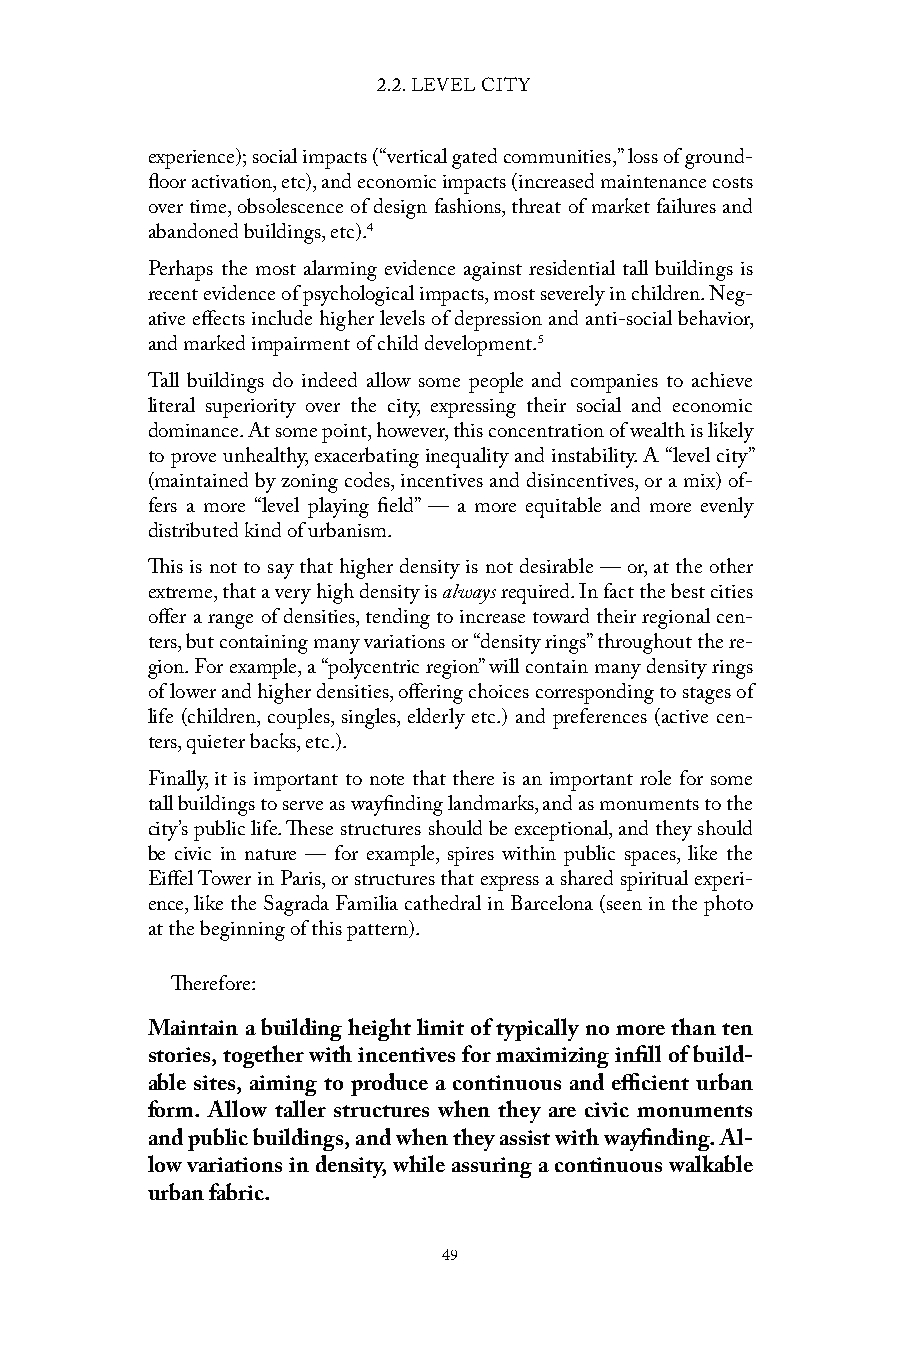
2.2. LEVEL CITY
 experience); social impacts (“vertical gated communities,” loss of ground-
 floor activation, etc), and economic impacts (increased maintenance costs
 over time, obsolescence of design fashions, threat of market failures and
 abandoned buildings, etc).4
 Perhaps the most alarming evidence against residential tall buildings is
 recent evidence of psychological impacts, most severely in children. Neg-
 ative effects include higher levels of depression and anti-social behavior,
 and marked impairment of child development.5
 Tall buildings do indeed allow some people and companies to achieve
 literal superiority over the city, expressing their social and economic
 dominance. At some point, however, this concentration of wealth is likely
 to prove unhealthy, exacerbating inequality and instability. A “level city”
 (maintained by zoning codes, incentives and disincentives, or a mix) of-
 fers a more “level playing field” — a more equitable and more evenly
 distributed kind of urbanism.
 This is not to say that higher density is not desirable — or, at the other
 extreme, that a very high density is always required. In fact the best cities
 offer a range of densities, tending to increase toward their regional cen-
 ters, but containing many variations or “density rings” throughout the re-
 gion. For example, a “polycentric region” will contain many density rings
 of lower and higher densities, offering choices corresponding to stages of
 life (children, couples, singles, elderly etc.) and preferences (active cen-
 ters, quieter backs, etc.).
 Finally, it is important to note that there is an important role for some
 tall buildings to serve as wayfinding landmarks, and as monuments to the
 city’s public life. These structures should be exceptional, and they should
 be civic in nature — for example, spires within public spaces, like the
 Eiffel Tower in Paris, or structures that express a shared spiritual experi-
 ence, like the Sagrada Familia cathedral in Barcelona (seen in the photo
 at the beginning of this pattern).
 Therefore:
 Maintain a building height limit of typically no more than ten
 stories, together with incentives for maximizing infill of build-
 able sites, aiming to produce a continuous and efficient urban
 form. Allow taller structures when they are civic monuments
 and public buildings, and when they assist with wayfinding. Al-
 low variations in density, while assuring a continuous walkable
 urban fabric.
 49